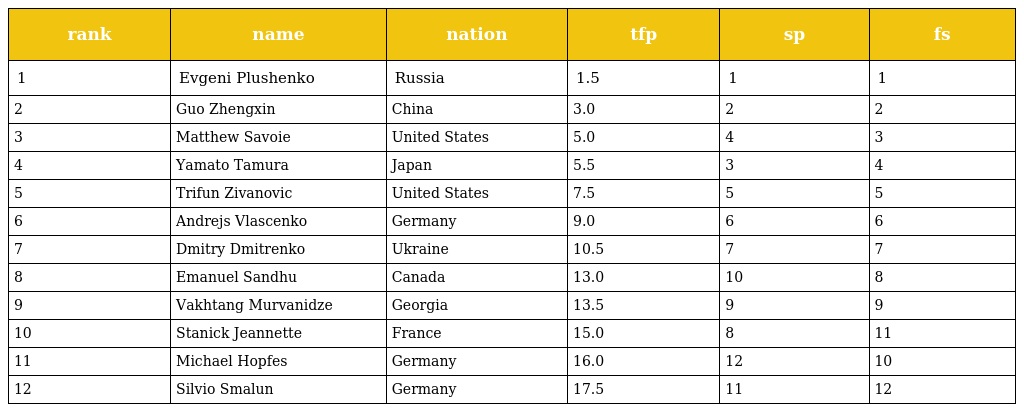
| rank | name | nation | tfp | sp | fs |
 | --- | --- | --- | --- | --- | --- |
 | 1 | Evgeni Plushenko | Russia | 1.5 | 1 | 1 |
 | 2 | Guo Zhengxin | China | 3.0 | 2 | 2 |
 | 3 | Matthew Savoie | United States | 5.0 | 4 | 3 |
 | 4 | Yamato Tamura | Japan | 5.5 | 3 | 4 |
 | 5 | Trifun Zivanovic | United States | 7.5 | 5 | 5 |
 | 6 | Andrejs Vlascenko | Germany | 9.0 | 6 | 6 |
 | 7 | Dmitry Dmitrenko | Ukraine | 10.5 | 7 | 7 |
 | 8 | Emanuel Sandhu | Canada | 13.0 | 10 | 8 |
 | 9 | Vakhtang Murvanidze | Georgia | 13.5 | 9 | 9 |
 | 10 | Stanick Jeannette | France | 15.0 | 8 | 11 |
 | 11 | Michael Hopfes | Germany | 16.0 | 12 | 10 |
 | 12 | Silvio Smalun | Germany | 17.5 | 11 | 12 |